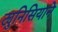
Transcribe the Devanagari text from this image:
ट्युनिसियाने